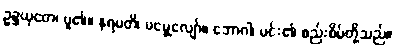
ဥဍ္ဍယှတေ၊ ပူ၏။ နရမတိ၊ မမွေ့လျော်။ ဘောဂါ၊ မင်း၏ စည်းစိမ်တို့သည်။